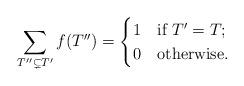
LaTeX: \begin{align*}\sum_{T''\subsetneq T'}f(T'')=\begin{cases} 1 & \mbox{if }T'=T;\\ 0 & \mbox{otherwise.}\end{cases}\end{align*}